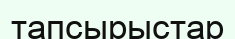
тапсырыстар